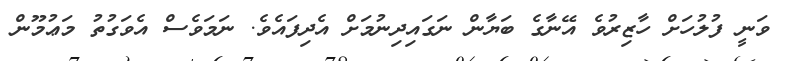
ވަނީ ފުލުހަށް ހާޒިރުވެ އޭނާގެ ބަޔާން ނަގައިދިނުމަށް އެދިފައެވެ. ނަމަވެސް އެވަގުތު މަޢުމޫން